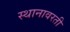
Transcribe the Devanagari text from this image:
स्थानावरती